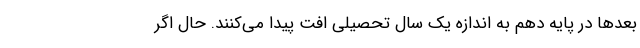
بعدها در پایه دهم به اندازه یک سال تحصیلی افت پیدا می‌کنند. حال اگر